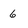
Character: 6